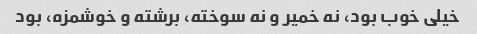
خیلی خوب بود، نه خمیر و نه سوخته، برشته و خوشمزه، بود